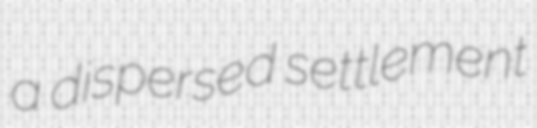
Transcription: a dispersed settlement